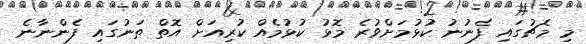
މި މެޗުގައި ފެނުނު ކުޅުމަށްވުރެ މޮޅު ކުޅުމެއް ކުރިއަށް އޮތް ތަނުގައި ފެންނާނެ